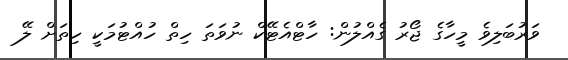
ވަރުބަލިވެ މީހާގެ ޖޯރު ގެއްލުން: ހާޓްއެޓޭކް ނުވަތަ ހިތް ހުއްޓުމަކީ ހިތަށް ލޭ